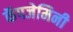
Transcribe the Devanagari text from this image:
कॅपजेमिनी